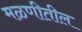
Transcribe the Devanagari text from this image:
मळणीतील